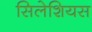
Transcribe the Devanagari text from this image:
सिलेशियस